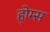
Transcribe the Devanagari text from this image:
हो्म्स